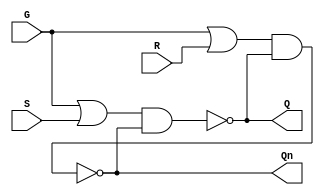
module sr_latch_gated(
   
   output Q,
   output Qn,
   input  G,  
   input  S,
   input  R
);
 
   wire   S1;
   wire   R1;
   
   or(S1, G, S);
   or(R1, G, R);   
   nand(Qn, R1, Q);
   nand(Q, S1, Qn);
 
endmodule